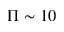
\Pi \sim 1 0